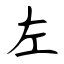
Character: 左